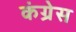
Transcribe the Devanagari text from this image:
कंग्रेस